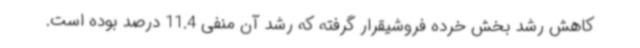
کاهش رشد بخش خرده فروشیقرار گرفته که رشد آن منفی 11.4 درصد بوده است.